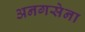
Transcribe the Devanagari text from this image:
अनगसेना